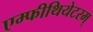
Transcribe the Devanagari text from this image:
एम्फीथियेटरम्